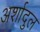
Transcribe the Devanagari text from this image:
अर्शादुल